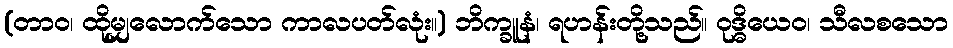
(တာဝ၊ ထိုမျှလောက်သော ကာလပတ်လုံး။) ဘိက္ခူနံ၊ ရဟန်းတို့သည်။ ဝုဒ္ဓိယေဝ၊ သီလစသော